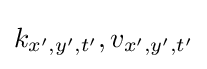
k_{x',y',t'},v_{x',y',t'}